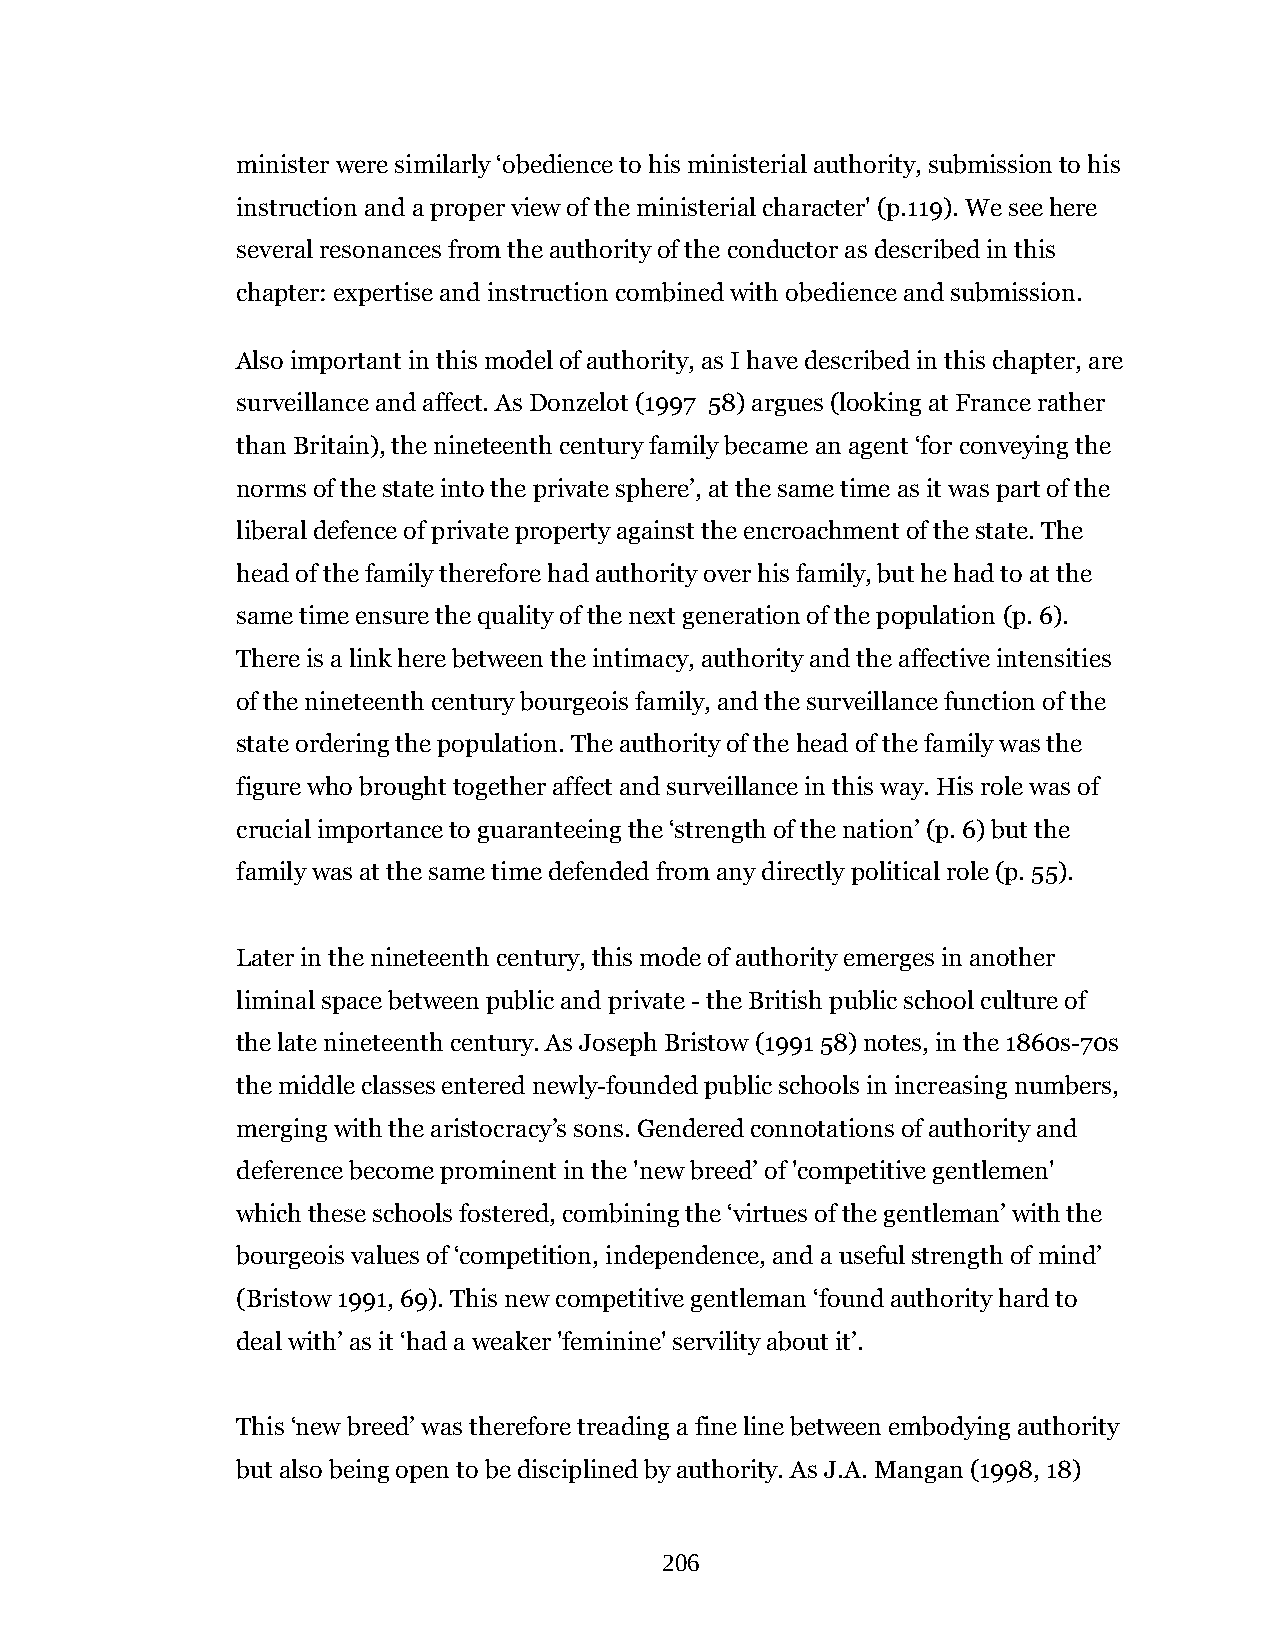
minister were similarly ‘obedience to his ministerial authority, submission to his
 instruction and a proper view of the ministerial character' (p.119). We see here
 several resonances from the authority of the conductor as described in this
 chapter: expertise and instruction combined with obedience and submission.
 Also important in this model of authority, as I have described in this chapter, are
 surveillance and affect. As Donzelot (1997 58) argues (looking at France rather
 than Britain), the nineteenth century family became an agent ‘for conveying the
 norms of the state into the private sphere’, at the same time as it was part of the
 liberal defence of private property against the encroachment of the state. The
 head of the family therefore had authority over his family, but he had to at the
 same time ensure the quality of the next generation of the population (p. 6).
 There is a link here between the intimacy, authority and the affective intensities
 of the nineteenth century bourgeois family, and the surveillance function of the
 state ordering the population. The authority of the head of the family was the
 figure who brought together affect and surveillance in this way. His role was of
 crucial importance to guaranteeing the ‘strength of the nation’ (p. 6) but the
 family was at the same time defended from any directly political role (p. 55).
 Later in the nineteenth century, this mode of authority emerges in another
 liminal space between public and private - the British public school culture of
 the late nineteenth century. As Joseph Bristow (1991 58) notes, in the 1860s-70s
 the middle classes entered newly-founded public schools in increasing numbers,
 merging with the aristocracy’s sons. Gendered connotations of authority and
 deference become prominent in the 'new breed’ of 'competitive gentlemen'
 which these schools fostered, combining the ‘virtues of the gentleman’ with the
 bourgeois values of ‘competition, independence, and a useful strength of mind’
 (Bristow 1991, 69). This new competitive gentleman ‘found authority hard to
 deal with’ as it ‘had a weaker 'feminine' servility about it’.
 This ‘new breed’ was therefore treading a fine line between embodying authority
 but also being open to be disciplined by authority. As J.A. Mangan (1998, 18)
 206